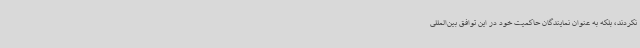
نکردند، بلکه به عنوان نمایندگان حاکمیت خود در این توافق بین‌المللی